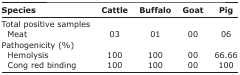
<table><thead><tr><td><b>Species</b></td><td><b>Cattle</b></td><td><b>Buffalo</b></td><td><b>Goat</b></td><td><b>Pig</b></td></tr></thead><tbody><tr><td>Total positive samples</td><td></td><td></td><td></td><td></td></tr><tr><td> Meat</td><td>03</td><td>01</td><td>00</td><td>06</td></tr><tr><td>Pathogenicity (%)</td><td></td><td></td><td></td><td></td></tr><tr><td> Hemolysis</td><td>100</td><td>100</td><td>00</td><td>66.66</td></tr><tr><td> Cong red binding</td><td>100</td><td>100</td><td>00</td><td>100</td></tr></tbody></table>